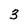
Character: 3